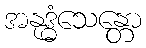
အနုဒ္ဓံသေန္တော